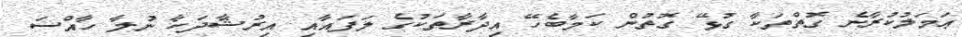
ޢަމަލުކުރާނެ ގޮތްތަކާ ގުޅޭ ގޮތުން ކަމާބެހޭ އިދާރާތަކުގެ ލަފައާއި އިރުޝާދަކާ ނުލާ ހާއްސަ